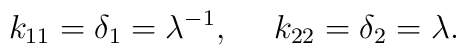
k_{11} = \delta _1 = \lambda ^{-1} ,~~~~    k_{22} = \delta _2 = \lambda.